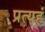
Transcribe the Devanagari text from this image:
प्रत्यहं